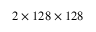
2 \times 1 2 8 \times 1 2 8